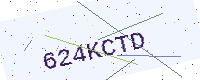
Text: 624KCTD